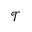
\mathcal { T }